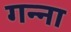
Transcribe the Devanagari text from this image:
गन्‍ना